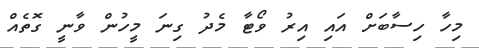
މިހާ ހިސާބަށް އައި އިރު ވޯޓާ މެދު ގިނަ މީހުން ވާނީ ގޮތެއް